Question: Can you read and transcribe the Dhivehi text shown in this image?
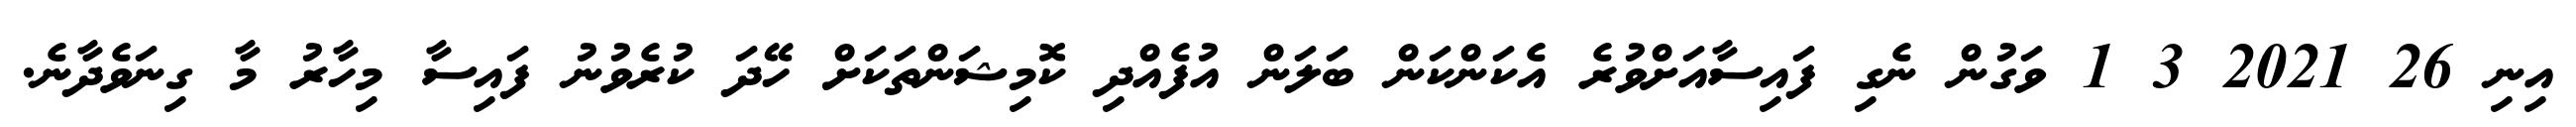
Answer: އިނި 26 2021 3 1 ވަގުން ނެގި ފައިސާއަށްވުރެ އެކަންކަން ބަލަން އުފެއްދި ކޮމިޝަންތަކަށް ހޭދަ ކުރެވުނު ފައިސާ މިހާރު މާ ގިނަވެދާނެ.